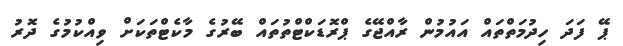
ޕޭ ފަދަ ހިދުމަތްތައް އައުމުން ރާއްޖޭގެ ޕްރޮޑަކްޓްތުތައް ބޭރުގެ މާކެޓްތަކަށް ވިއްކުމުގެ ދޮރު